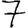
Digit: 7